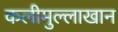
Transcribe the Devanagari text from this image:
कलीमुल्लाखान